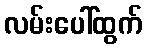
လမ်းပေါ်ထွက်